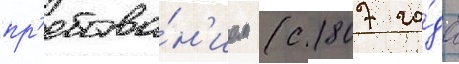
пр'ебыва́н'ием (с 1807 го́да